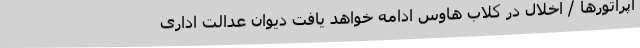
اپراتورها / اخلال‌ در کلاب هاوس ادامه خواهد یافت دیوان عدالت اداری